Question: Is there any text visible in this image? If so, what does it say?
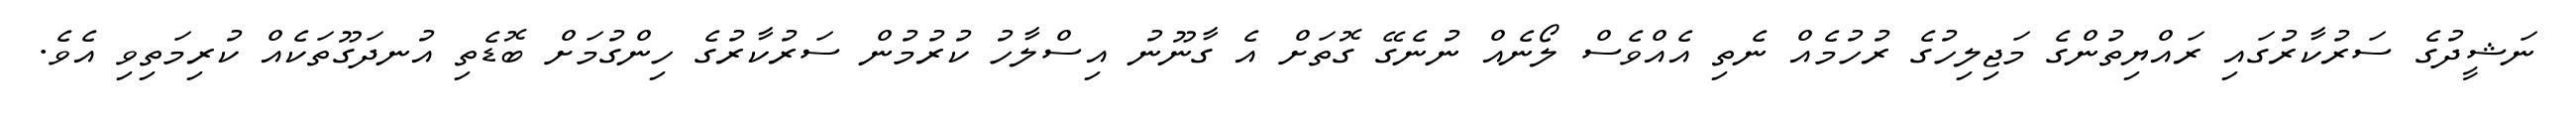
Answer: ނަޝީދުގެ ސަރުކާރުގައި ރައްޔިތުންގެ މަޖިލިހުގެ ރުހުމެއް ނެތި އެއްވެސް ލޯނެއް ނުނެގޭ ގޮތަށް އެ ގާނޫނު އިސްލާހު ކުރުމުން ސަރުކާރުގެ ހިންގުމަށް ބޮޑެތި އުނދަގޫތަކެއް ކުރިމަތިވި އެވެ.